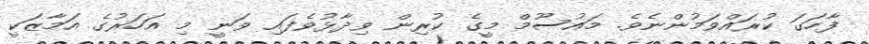
ފާހަގަ ކުރައްވަމުންނެވެ. މައުސޫމް މީގެ ކުރިން ވިދާޅުވެފައި ވަނީ މި އަހަަރުގެ އަމާޒަކީ